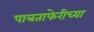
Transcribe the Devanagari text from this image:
पात्रताफेरीच्या